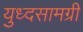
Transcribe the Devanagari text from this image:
युध्दसामग्री